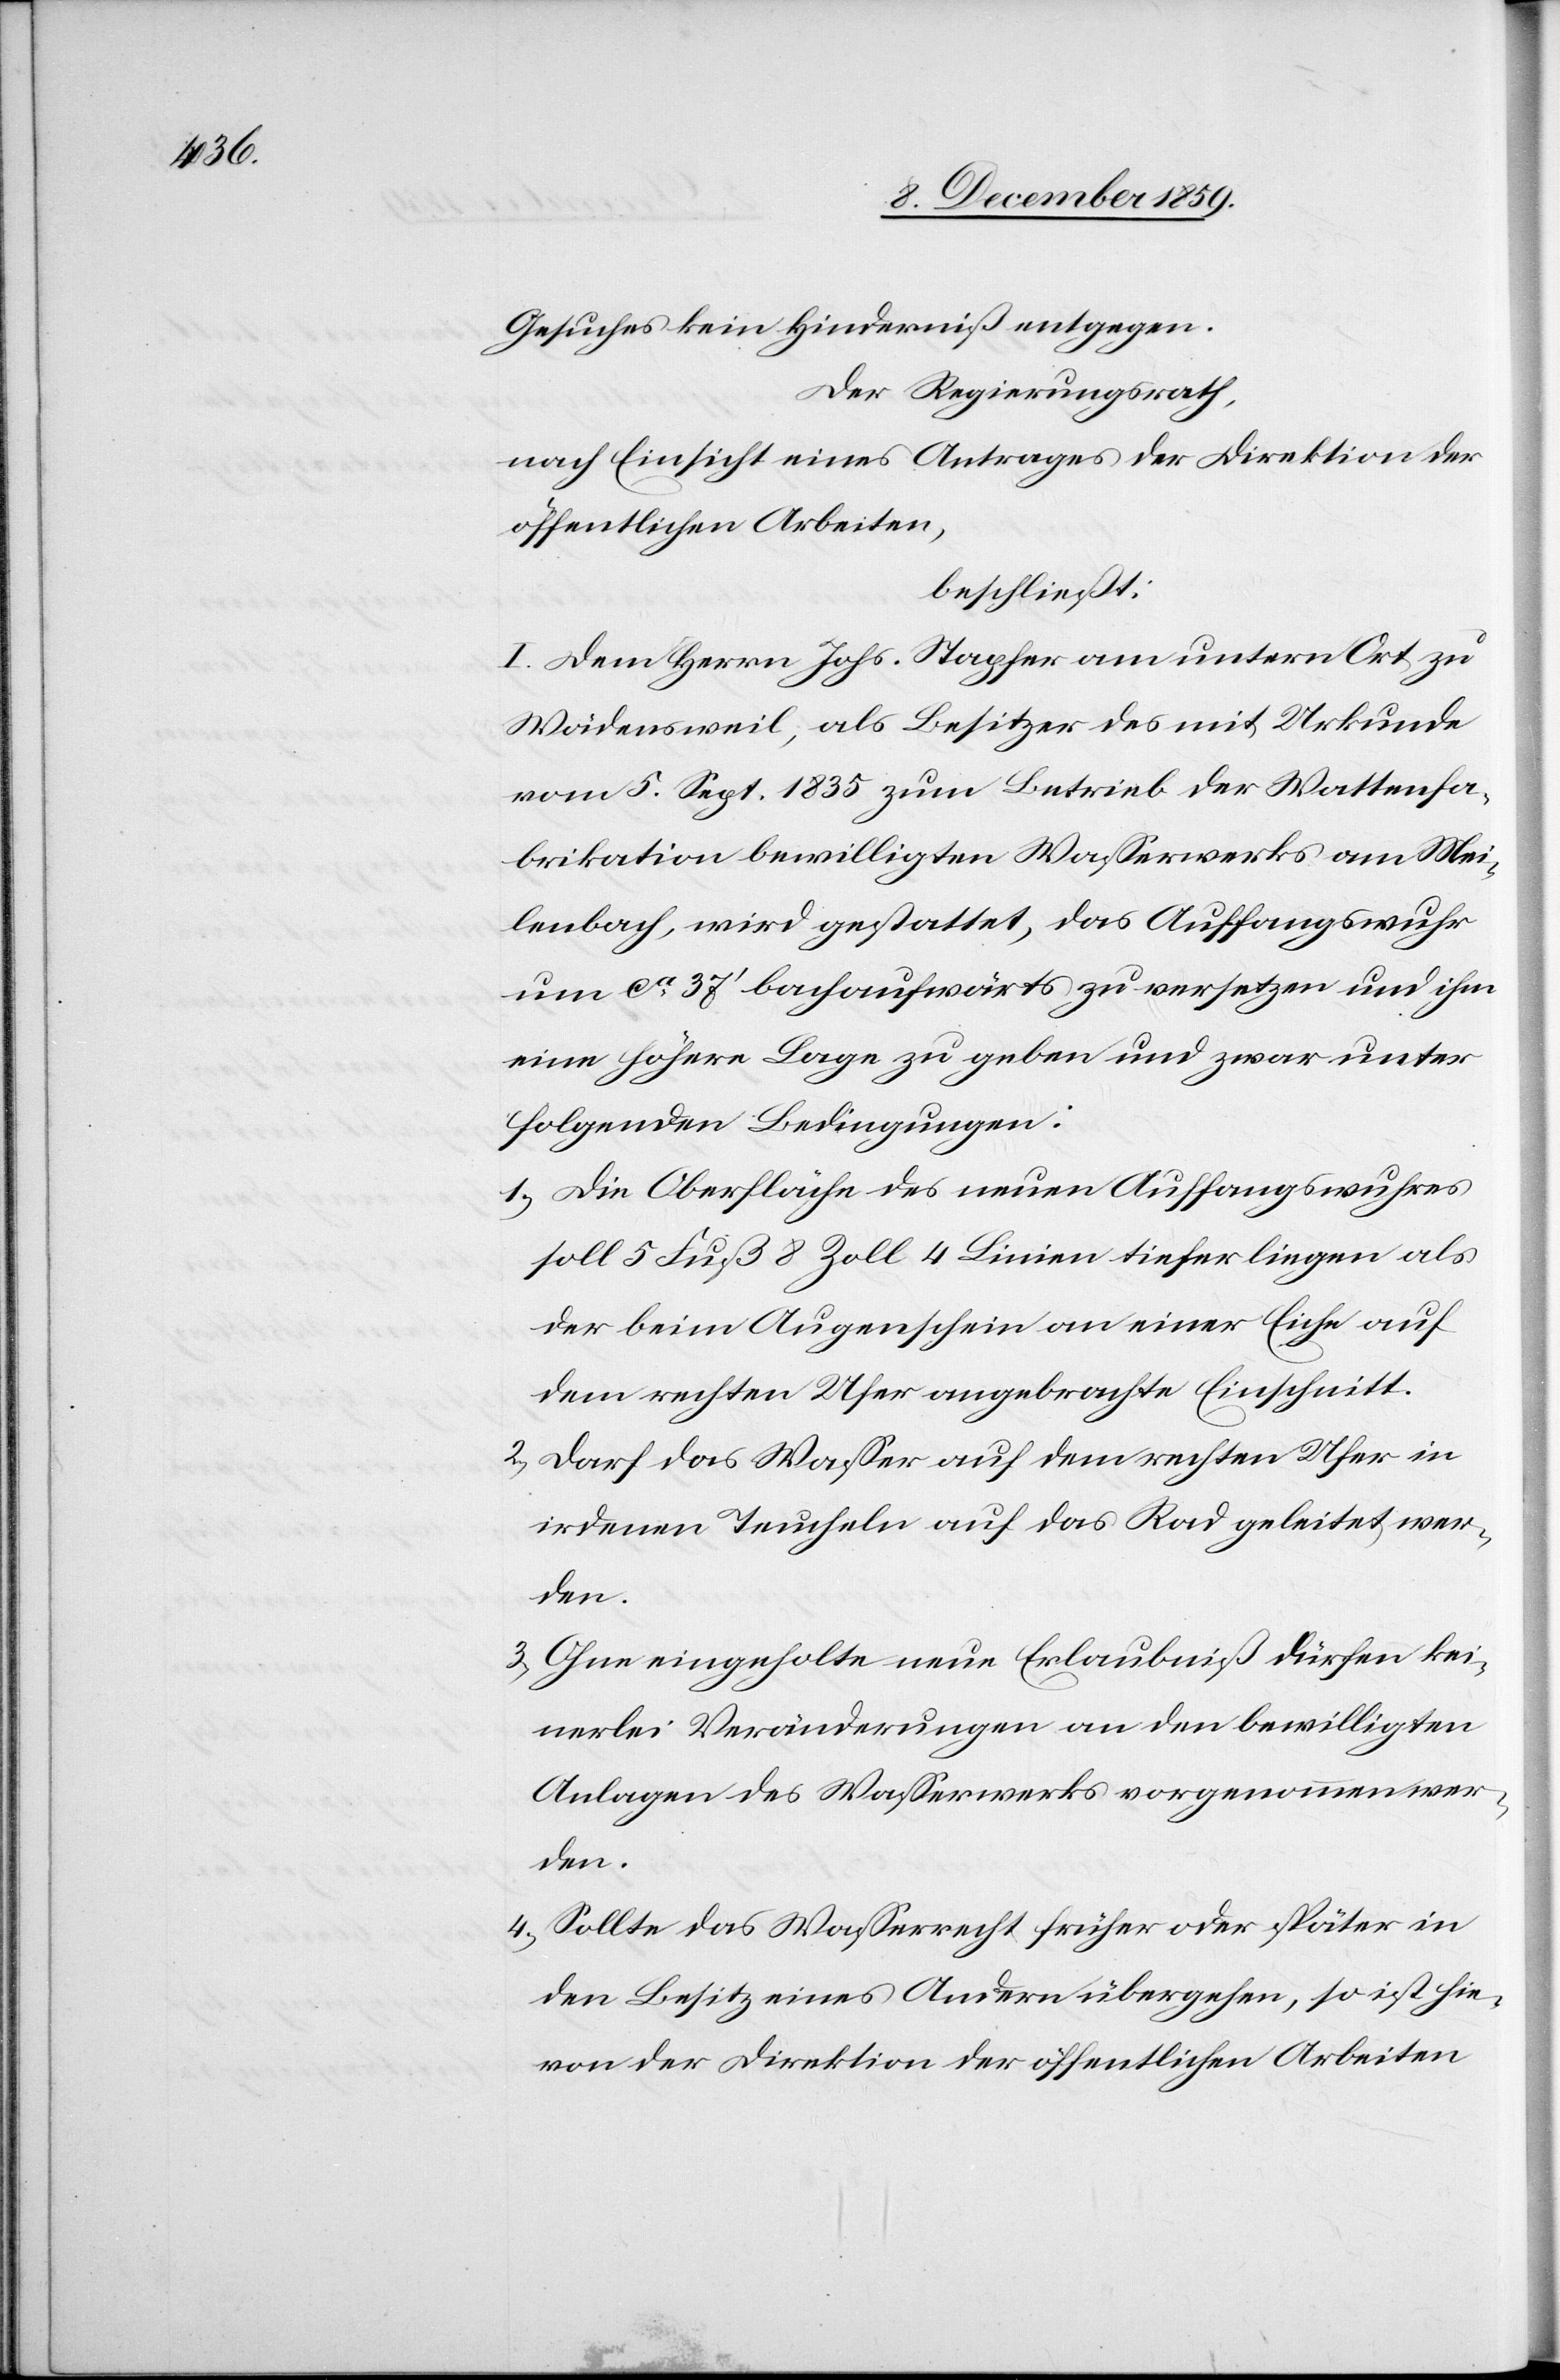
Gesuches kein Hinderniß entgegen.
Der Regierungsrath,
nach Einsicht eines Antrages der Direktion der
öffentlichen Arbeiten,
beschließt:
I. Dem Herrn Johs. Stapfer am untern Ort zu
Wädensweil, als Besitzer des mit Urkunde
vom 5. Sept. 1835 zu Betrieb der Wattenfa¬
brikation bewilligten Wasserwerkes am Mei¬
lenbach, wird gestattet, das Auffangswuhr
um ca. 37’ beachaufwärts zu versetzen und ihm
eine höhere Lage zu geben und zwar unter
folgenden Bedingungen:
1.) Die Oberfläche des neuen Auffangswuhres
soll 5 Fuß 8 Zoll 4 Linien tiefer liegen als
der beim Augenschein an einer Eiche auf
dem rechten Ufer angebrachte Einschnitt.
2.) Darf das Wasser auf dem rechten Ufer in
irdenen Teucheln auf das Rad geleitet wer¬
den.
3.) Ohne eingeholte neue Erlaubniß dürfen kei¬
nerlei Veränderungen an den bewilligten
Anlagen des Wasserwerkes vorgenommen wer¬
den.
4.) Sollte das Wasserrecht früher oder später in
den Besitz eines Andern übergehen, so ist hie¬
von der Direktion der öffentlichen Arbeiten